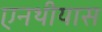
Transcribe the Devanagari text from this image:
एनथीयास